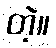
တဲ့။